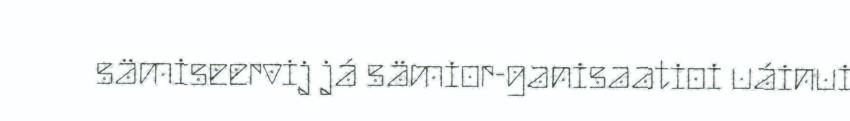
sämiseervij já sämior-ganisaatioi uáinui